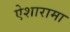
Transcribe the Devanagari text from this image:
ऐशारामा